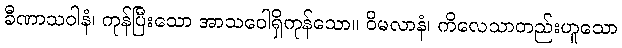
ခီဏာသဝါနံ၊ ကုန်ပြီးသော အာသဝေါရှိကုန်သော။ ဝိမလာနံ၊ ကိလေသာတည်းဟူသော